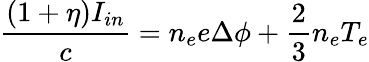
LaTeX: \frac{(1+\eta)I_{in}}{c}=n_{e}e\Delta\phi+\frac{2}{3}n_{e}T_{e}